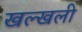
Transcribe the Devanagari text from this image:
खल्खली